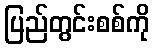
ပြည်တွင်းစစ်ကို